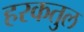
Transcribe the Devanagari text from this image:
हरकतुल